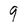
Character: 9